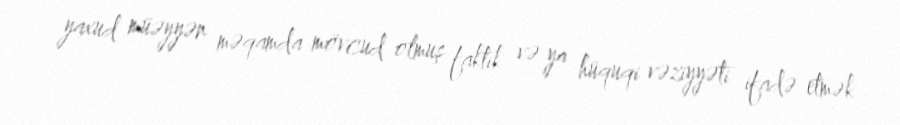
yaxud müəyyən məqamda mövcud olmuş faktik və ya hüquqi vəziyyəti ifadə etmək